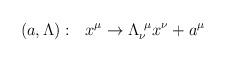
LaTeX: \begin{align*}(a, \Lambda):~~x^\mu \rightarrow \Lambda_{\nu}^{~\mu}x^\nu + a^\mu\end{align*}